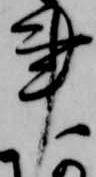
事